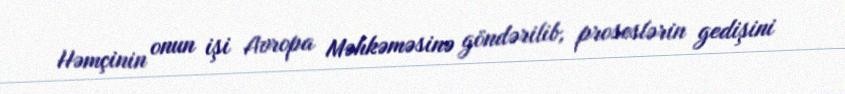
Həmçinin onun işi Avropa Məhkəməsinə göndərilib, proseslərin gedişini